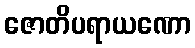
ဇောတိပရာယဏော